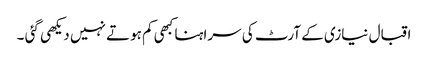
اقبال نیازی کے آرٹ کی سراہنا کبھی کم ہوتے نہیں دیکھی گئی ۔